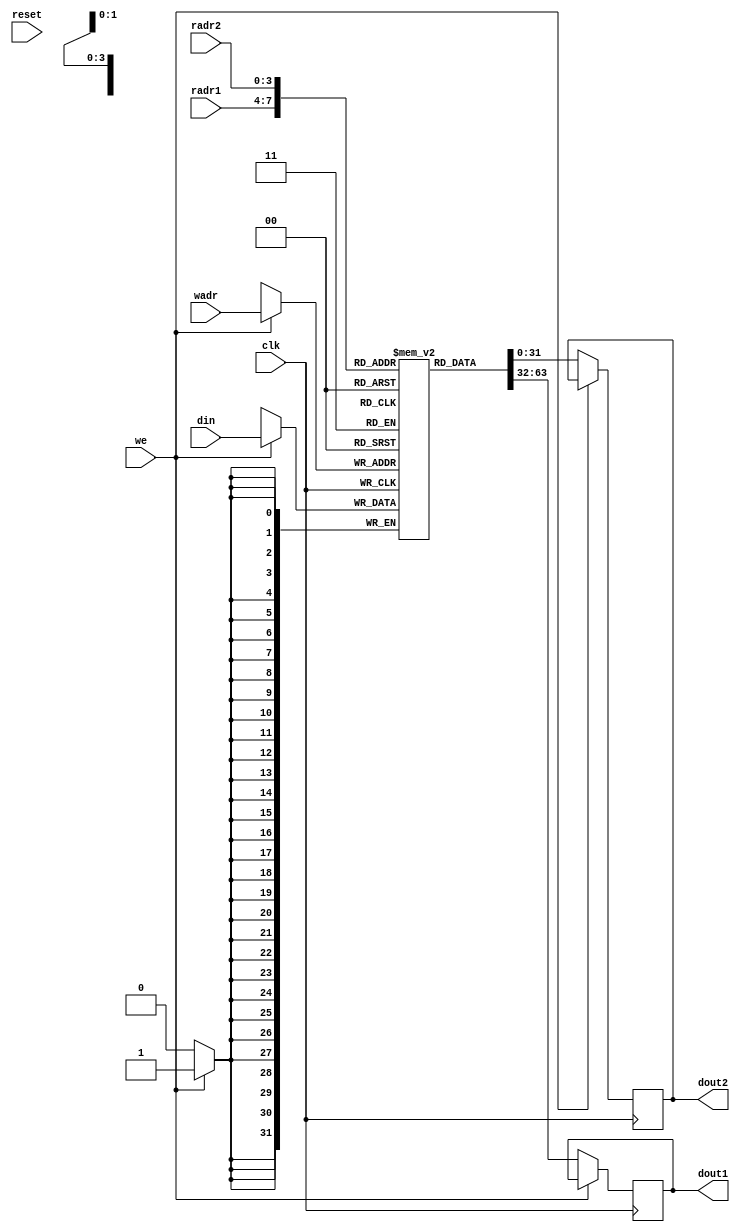
/**
 * Copyright (c) 2020 The HSC Core Authors
 * 
 * Licensed under the Apache License, Version 2.0 (the "License");
 * you may not use this file except in compliance with the License.
 * You may obtain a copy of the License at
 * 
 *     https://www.apache.org/licenses/LICENSE-2.0
 * 
 * Unless required by applicable law or agreed to in writing, software
 * distributed under the License is distributed on an "AS IS" BASIS,
 * WITHOUT WARRANTIES OR CONDITIONS OF ANY KIND, either express or implied.
 * See the License for the specific language governing permissions and
 * limitations under the License.
 * 
 * @file   hs32_reg.v
 * @author Anthony Kung <hi@anth.dev>
 * @author Kevin Dai <kevindai02@outlook.com>
 * @date   Created on October 24 2020, 11:35 PM
 */

`default_nettype none

// Dual-Port Register File

module hs32_reg (
    input clk,                  // 12 MHz Clock
    input reset,                // Reset

    // Register Control
    input we,                   // Write enable
    input wire [3:0]    wadr,   // Write address
    input wire [31:0]   din,    // Write data
    input wire [3:0]    radr1,  // Read address 1
    output reg [31:0]   dout1,  // Read data 1
    input wire [3:0]    radr2,  // Read address 2
    output reg [31:0]   dout2   // Read data 2
);
    parameter addr_width = 4;
    parameter data_width = 32;

    // RAM4K have max data width of 16 bits
    // 2 RW ports * 2 Half word ports = 4 RAM4K blocks
    reg[data_width-1:0] regs[(1<<addr_width)-1:0];

`ifdef SIM
    integer i;
    initial begin
        for(i = 0; i < (1<<addr_width); i++)
            $dumpvars(1, regs[i]);
    end
`endif
    
`ifdef FPGA
    integer j;
    initial begin
        for(j = 0; j < (1<<addr_width); j++)
            regs[j] <= 0;
    end
`endif

    always @(posedge clk) if(we) begin
        regs[wadr] <= din;
`ifdef SIM
        $display($time, " Register write %m %X <- %X", wadr, din);
`endif
    end

    always @(posedge clk) if(!we) begin
        dout1 <= regs[radr1];
        dout2 <= regs[radr2];
    end
endmodule